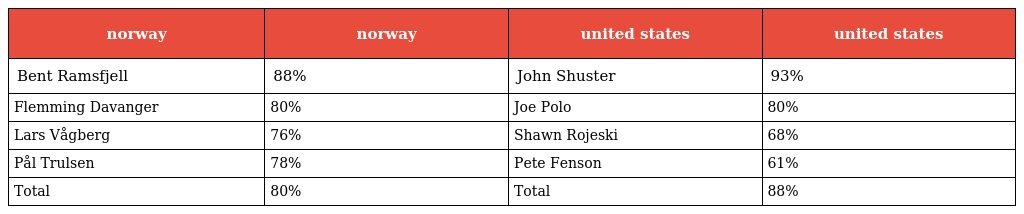
| norway | norway | united states | united states |
 | --- | --- | --- | --- |
 | Bent Ramsfjell | 88% | John Shuster | 93% |
 | Flemming Davanger | 80% | Joe Polo | 80% |
 | Lars Vågberg | 76% | Shawn Rojeski | 68% |
 | Pål Trulsen | 78% | Pete Fenson | 61% |
 | Total | 80% | Total | 88% |